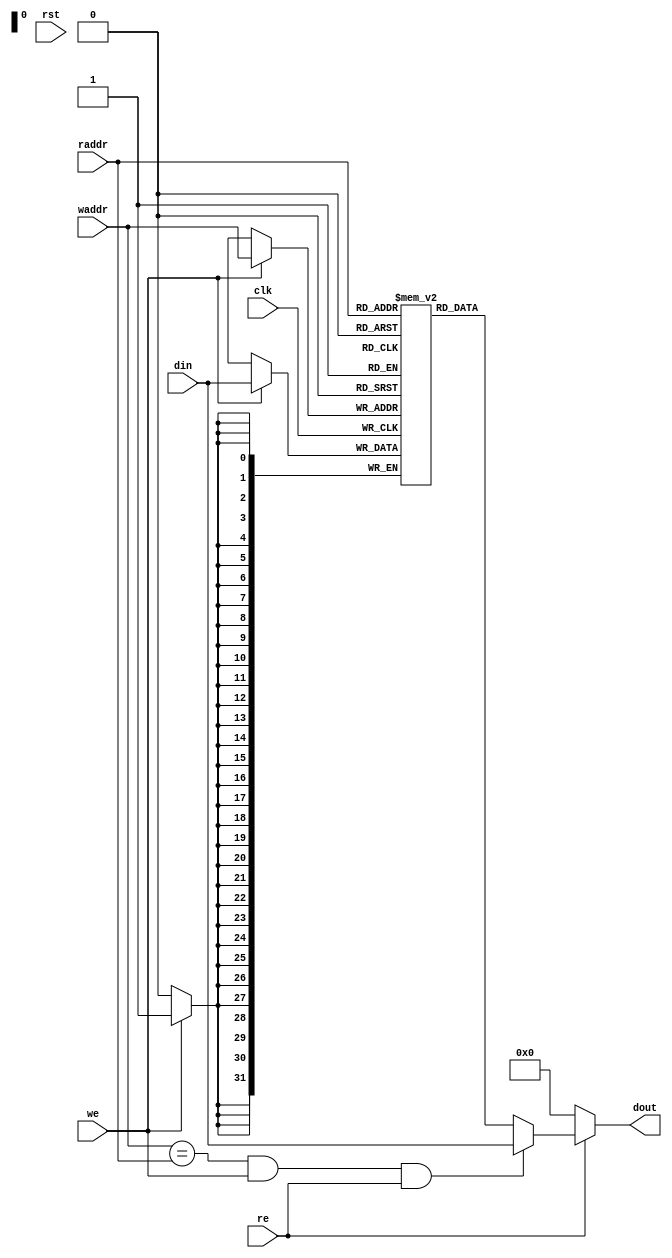
/**@file
 * Double port sync Write async Read RAM
 */

/*
 * OpenProcessor-X architecture (OpenPX)
 *
 * Copyleft (C) 2016, the 1st Middle School in Yongsheng,Lijiang,China
 * This file is part of OpenPX (Open Processor-X architecture)
 * project. It is a free item; you can redistribute it and/or modify it
 * under the terms of the GNU General Public License (GPL), in version 2
 * as it comes in the "COPYING" file of the OpenPX distribution. OpenPX
 * is distributed in the hope that it will be useful,
 * but WITHOUT ANY WARRANTY of any kind.
 */

module dpram_async
#(
    parameter ADDR_WIDTH = 32,
    parameter DATA_WIDTH = 32,
    parameter CLEAR_ON_INIT = 1,
    parameter ENABLE_BYPASS = 1
)
(
    clk,
    rst,
    raddr,
    re,
    waddr,
    we,
    din,
    dout
);

/*
 Ports
 */
input                           clk;
input                           rst;
input [ADDR_WIDTH-1:0]          raddr;
input                           re;
input [ADDR_WIDTH-1:0]          waddr;
input                           we;
input [DATA_WIDTH-1:0]          din;
output [DATA_WIDTH-1:0]         dout;
    
/*
 Internals
 */
reg [DATA_WIDTH-1:0]            mem[(1<<ADDR_WIDTH)-1:0];
reg [DATA_WIDTH-1:0]            rdata;
wire [DATA_WIDTH-1:0]           dout_w;

    /*
     reset in verification
     */
generate
  if(CLEAR_ON_INIT) begin :clear_on_init
    integer               idx;
    initial
    for(idx=0; idx < (1<<ADDR_WIDTH); idx=idx+1)
        mem[idx] = {DATA_WIDTH{1'b0}};
  end
endgenerate

    /*
     bypass control
     */
generate
  if (ENABLE_BYPASS) begin : bypass_gen
    assign dout_w = (waddr == raddr && we && re) ? din : rdata;
  end else begin
    assign dout_w = rdata;
  end
endgenerate


assign dout = re ? dout_w : {DATA_WIDTH{1'b0}};
 
/*
 R logic
 */
always @* begin
    if (re)
        rdata = mem[raddr];
    else
        rdata = {DATA_WIDTH{1'b0}};
end

/*
 W logic
 */
always @(posedge clk) begin
    if (we)
        mem[waddr] <= din;
end

endmodule